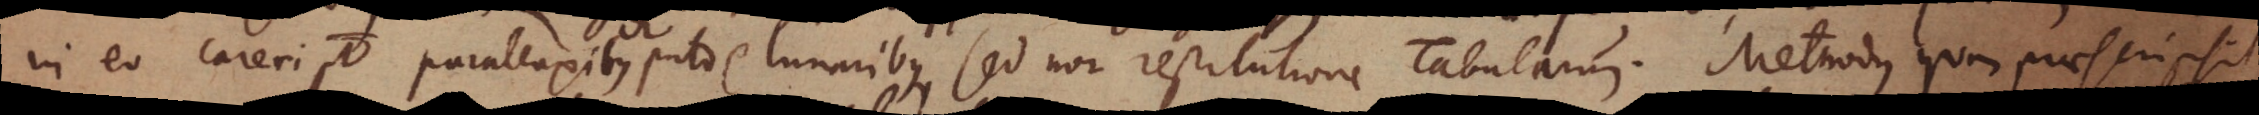
In eo careri potest parallaxibus puto etc. lunaribus, sed non restitutione Tabularum. Methodus quam praescripsit